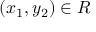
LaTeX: ( x _ { 1 } , y _ { 2 } ) \in R